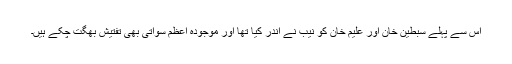
اس سے پہلے سبطین خان اور علیم خان کو نیب نے اندر کیا تھا اور موجودہ اعظم سواتی بھی تفتیش بھگت چکے ہیں۔